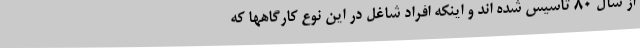
از سال 80 تاسیس شده اند و اینکه افراد شاغل در این نوع کارگاهها که